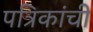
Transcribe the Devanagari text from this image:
पत्रिकांची